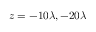
z = - 1 0 \lambda , - 2 0 \lambda